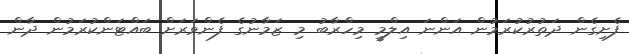
ފެށިގެން ދަތުރުކުރަމުން އަންނަ އިލްމީ މިހްރާބު މި ޒަމާނުގެ ފެންވަރަށް ބައްޓަންކުރަމުން ދާން